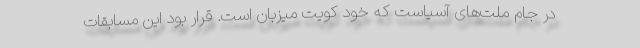
در جام ملت‌های آسیاست که خود کویت میزبان است. قرار بود این مسابقات